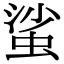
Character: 𧋊